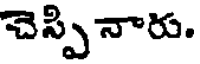
చెస్పి నారు.